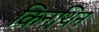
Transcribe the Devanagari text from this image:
किनथिन